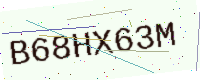
Text: B68HX63M